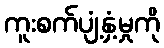
ကူးစက်ပျံ့နှံ့မှုကို